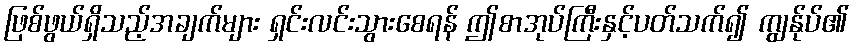
ဖြစ်ဖွယ်ရှိသည့်အချက်များ ရှင်းလင်းသွားစေရန် ဤစာအုပ်ကြီးနှင့်ပတ်သက်၍ ကျွန်ုပ်၏